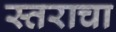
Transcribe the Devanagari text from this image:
स्तराचा